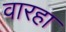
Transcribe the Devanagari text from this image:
वारहा